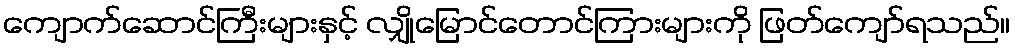
ကျောက်ဆောင်ကြီးများနှင့် လျှိုမြောင်တောင်ကြားများကို ဖြတ်ကျော်ရသည်။